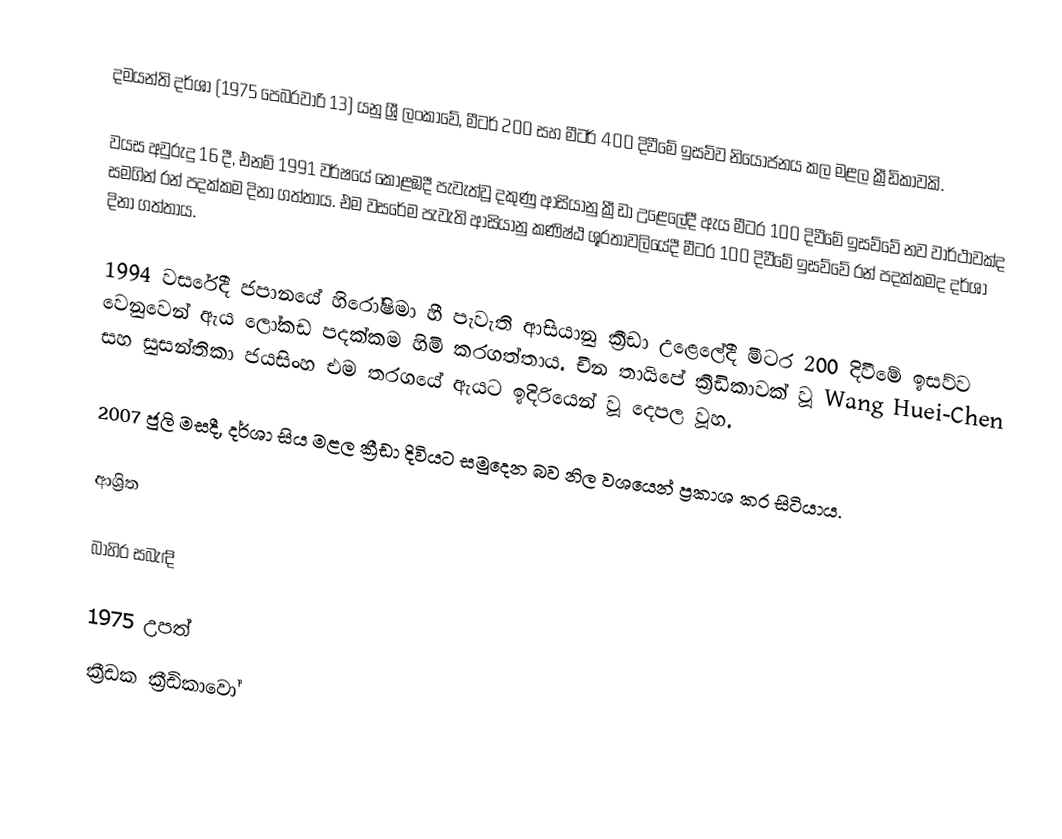
දමයන්ති දර්ශා (1975 පෙබරවාරි 13) යනු ශ්‍රී ලංකාවේ, මීටර් 200 සහ මීටර් 400 දිවීමේ ඉසව්ව නියෝජනය කල මළල ක්‍රීඩිකාවකි.

වයස අවුරුදු 16 දී, එනම් 1991 වර්ෂයේ කොළඹදී පැවැත්වූ දකුණු ආසියානු ක්‍රීඩා උළෙලේදී ඇය මීටර 100 දිවීමේ ඉසව්වේ නව වාර්ථාවක්ද සමගින් රන් පදක්කම දිනා ගත්තාය. එම වසරේම පැවැති ආසියානු කණිෂ්ඨ ශූරතාවලියේදී මීටර 100 දිවීමේ ඉසව්වේ රන් පදක්කමද දර්ශා දිනා ගත්තාය.

1994 වසරේදී ජපානයේ හිරෝෂිමා හී පැවැති ආසියානු ක්‍රීඩා උළෙලේදී මීටර 200 දිවීමේ ඉසව්ව වෙනුවෙන් ඇය ලෝකඩ පදක්කම හිමි කරගත්තාය. චීන තායිපේ ක්‍රීඩිකාවක් වූ Wang Huei-Chen සහ සුසන්තිකා ජයසිංහ එම තරගයේ ඇයට ඉදිරියෙන් වූ දෙපල වූහ.

2007 ජුලි මසදී, දර්ශා සිය මළල ක්‍රීඩා දිවියට සමුදෙන බව නිල වශයෙන් ප්‍රකාශ කර සිටියාය.

ආශ්‍රිත

බාහිර සබැඳි

1975 උපත්
ක්‍රීඩක ක්‍රීඩිකාවෝ